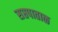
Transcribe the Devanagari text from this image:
सप्तपाताळ